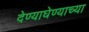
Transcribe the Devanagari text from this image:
देण्याघेण्याच्या